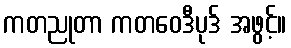
ကတညုတာ ကတဝေဒီပုဒ် အဖွင့်။